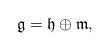
LaTeX: \begin{align*}\mathfrak{g}=\mathfrak{h}\oplus \mathfrak{m},\end{align*}